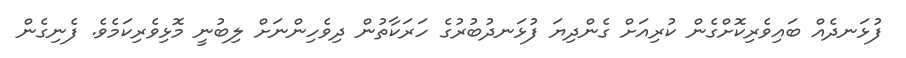
ފުޅަނދެއް ބައިވެރިކޮށްގެން ކުރިއަށް ގެންދިޔަ ފުޅަނދުބުރުގެ ހަރަކާތުން ދިވެހިންނަށް ލިބުނީ މޮޅިވެރިކަމެވެ. ފެނިގެން